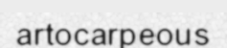
artocarpeous